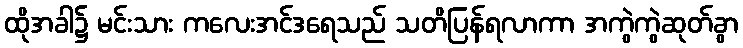
ထိုအခါ၌ မင်းသား ကလေးအင်ဒရေသည် သတိပြန်ရလာကာ အကွဲကွဲဆုတ်ခွာ